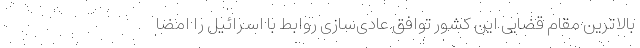
بالاترین مقام قضایی این کشور توافق عادی‌سازی روابط با اسرائیل را امضا